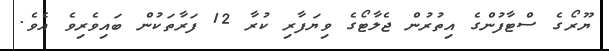
ޔޫރޯގެ ސްޓާފުންގެ އިތުރުން ޖެލާޓޯގެ ވިޔަފާރި ކުރާ 12 ފަރާތަކުން ބައިވެރިވެ އެވެ.